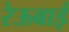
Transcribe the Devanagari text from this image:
रेऊबाई